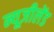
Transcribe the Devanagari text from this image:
न्यूज़ीलेंड